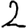
Digit: 2